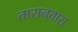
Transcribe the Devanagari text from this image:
तासन्‌तास